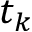
t _ { k }